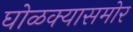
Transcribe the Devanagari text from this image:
घोळक्यासमोर